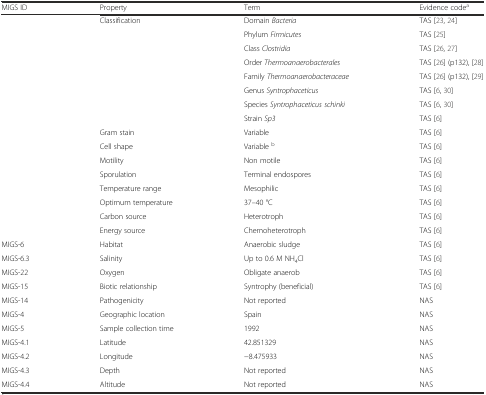
<table><thead><tr><td><b>MIGS ID</b></td><td><b>Property</b></td><td><b>Term</b></td><td><b>Evidence code<sup>a</sup></b></td></tr></thead><tbody><tr><td></td><td>Classification</td><td>Domain <i>Bacteria</i></td><td>TAS [23, 24]</td></tr><tr><td></td><td></td><td>Phylum <i>Firmicutes</i></td><td>TAS [25]</td></tr><tr><td></td><td></td><td>Class <i>Clostridia</i></td><td>TAS [26, 27]</td></tr><tr><td></td><td></td><td>Order <i>Thermoanaerobacterales</i></td><td>TAS [26] (p132), [28]</td></tr><tr><td></td><td></td><td>Family <i>Thermoanaerobacteraceae</i></td><td>TAS [26] (p132), [29]</td></tr><tr><td></td><td></td><td>Genus <i>Syntrophaceticus</i></td><td>TAS [6, 30]</td></tr><tr><td></td><td></td><td>Species <i>Syntrophaceticus schinki</i></td><td>TAS [6, 30]</td></tr><tr><td></td><td></td><td>Strain <i>Sp3</i></td><td>TAS [6]</td></tr><tr><td></td><td>Gram stain</td><td>Variable</td><td>TAS [6]</td></tr><tr><td></td><td>Cell shape</td><td>Variable <sup>b</sup></td><td>TAS [6]</td></tr><tr><td></td><td>Motility</td><td>Non motile</td><td>TAS [6]</td></tr><tr><td></td><td>Sporulation</td><td>Terminal endospores</td><td>TAS [6]</td></tr><tr><td></td><td>Temperature range</td><td>Mesophilic</td><td>TAS [6]</td></tr><tr><td></td><td>Optimum temperature</td><td>37–40 °C</td><td>TAS [6]</td></tr><tr><td></td><td>Carbon source</td><td>Heterotroph</td><td>TAS [6]</td></tr><tr><td></td><td>Energy source</td><td>Chemoheterotroph</td><td>TAS [6]</td></tr><tr><td>MIGS-6</td><td>Habitat</td><td>Anaerobic sludge</td><td>TAS [6]</td></tr><tr><td>MIGS-6.3</td><td>Salinity</td><td>Up to 0.6 M NH<sub>4</sub>Cl</td><td>TAS [6]</td></tr><tr><td>MIGS-22</td><td>Oxygen</td><td>Obligate anaerob</td><td>TAS [6]</td></tr><tr><td>MIGS-15</td><td>Biotic relationship</td><td>Syntrophy (beneficial)</td><td>TAS [6]</td></tr><tr><td>MIGS-14</td><td>Pathogenicity</td><td>Not reported</td><td>NAS</td></tr><tr><td>MIGS-4</td><td>Geographic location</td><td>Spain</td><td>NAS</td></tr><tr><td>MIGS-5</td><td>Sample collection time</td><td>1992</td><td>NAS</td></tr><tr><td>MIGS-4.1</td><td>Latitude</td><td>42.851329</td><td>NAS</td></tr><tr><td>MIGS-4.2</td><td>Longitude</td><td>−8.475933</td><td>NAS</td></tr><tr><td>MIGS-4.3</td><td>Depth</td><td>Not reported</td><td>NAS</td></tr><tr><td>MIGS-4.4</td><td>Altitude</td><td>Not reported</td><td>NAS</td></tr></tbody></table>